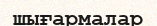
шығармалар